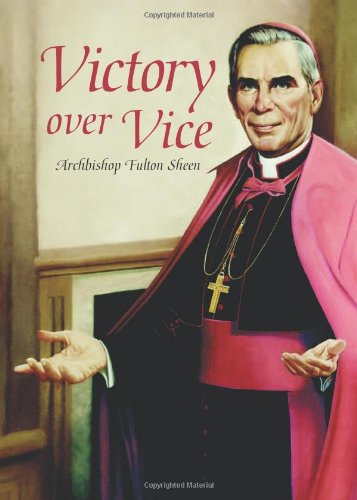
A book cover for Victory Over Vice; Fulton J. Sheen; Christian Books & Bibles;